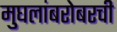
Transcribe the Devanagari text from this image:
मुघलांबरोबरची